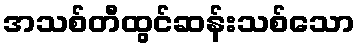
အသစ်တီထွင်ဆန်းသစ်သော